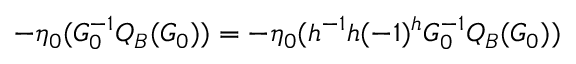
- \eta _ { 0 } ( G _ { 0 } ^ { - 1 } Q _ { B } ( G _ { 0 } ) ) = - \eta _ { 0 } ( h ^ { - 1 } h ( - 1 ) ^ { h } G _ { 0 } ^ { - 1 } Q _ { B } ( G _ { 0 } ) )